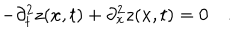
LaTeX: - \partial _ { t } ^ { 2 } z ( x , t ) + \partial _ { x } ^ { 2 } z ( x , t ) = 0 \quad .